Leaving Certificate Examination, 1911, 1911
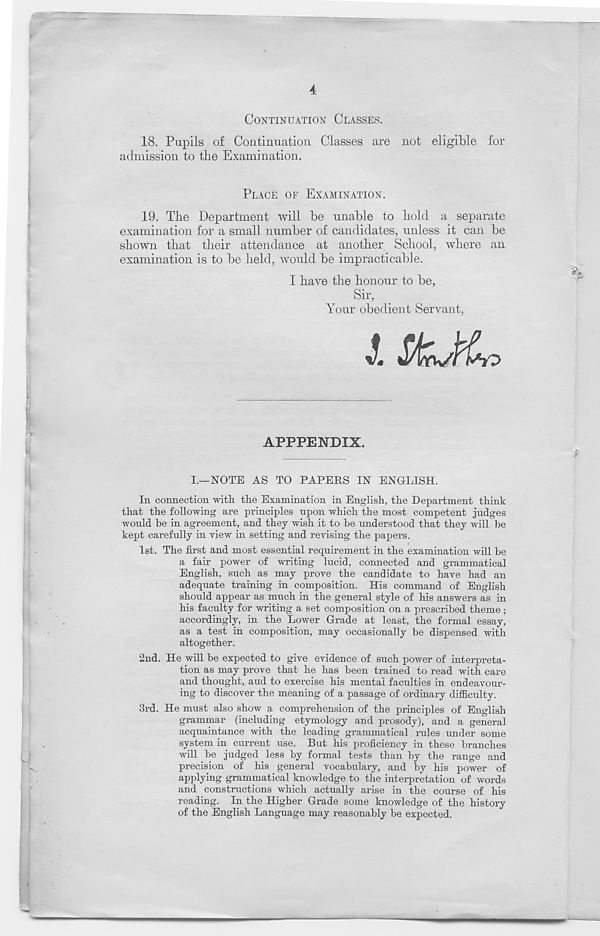
4
CONTINUATION CLASSES.
18. Pupils of Continuation Classes are not eligible for
admission to the Examination.
PLACE OF EXAMINATION.
19. The Department will be unable to hold a separate
examination for a small number of candidates, unless it can be
shown that their attendance at another School, where an
examination is to be held, would be impracticable.
I have the honour to be,
Sir,
Your obedient Servant,
i.
APPPENDIX.
I.—NOTE AS TO PAPERS IN ENGLISH.
In connection with, the Examination in English, the Department think
that the following are principles upon which the most competent judges
would be in agreement, and they wish it to be understood that they will be
kept carefully in view in setting and revising the papers.
1st. The first and most essential requirement in the examination will be
a fair power of writing lucid, connected and grammatical
English, such as may prove the candidate to have had an
adequate training in composition. His command of English
should appear as much in the general style of his answers as in
his faculty for writing a set composition on a prescribed theme;
accordingly, in the Lower Grade at least, the formal essay,
as a test in composition, may occasionally be dispensed with
altogether.
2nd. He will be expected to give evidence of such power of interpreta-
tion as may prove that he has been trained to read with care
and thought, and to exercise his mental faculties in endeavour-
ing to discover the meaning of a passage of ordinary difficulty.
3rd. He must also show a comprehension of the principles of English
grammar (including etymology and prosody), and a general
acquaintance with the leading grammatical rules under some
system in current use. But his proficiency in these branches
will be judged less by formal tests than by the range and
precision of his general vocabulary, and by his power of
applying grammatical knowledge to the interpretation of words
and constractions which actually arise in the course of his
reading. In the Higher Grade some knowledge of the history
of the English Language may reasonably be expected.